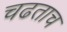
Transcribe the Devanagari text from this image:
चढताच